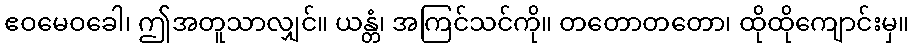
ဧဝမေဝခေါ၊ ဤအတူသာလျှင်။ ယန္တံ၊ အကြင်သင်ကို။ တတောတတော၊ ထိုထိုကျောင်းမှ။